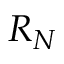
R _ { N }